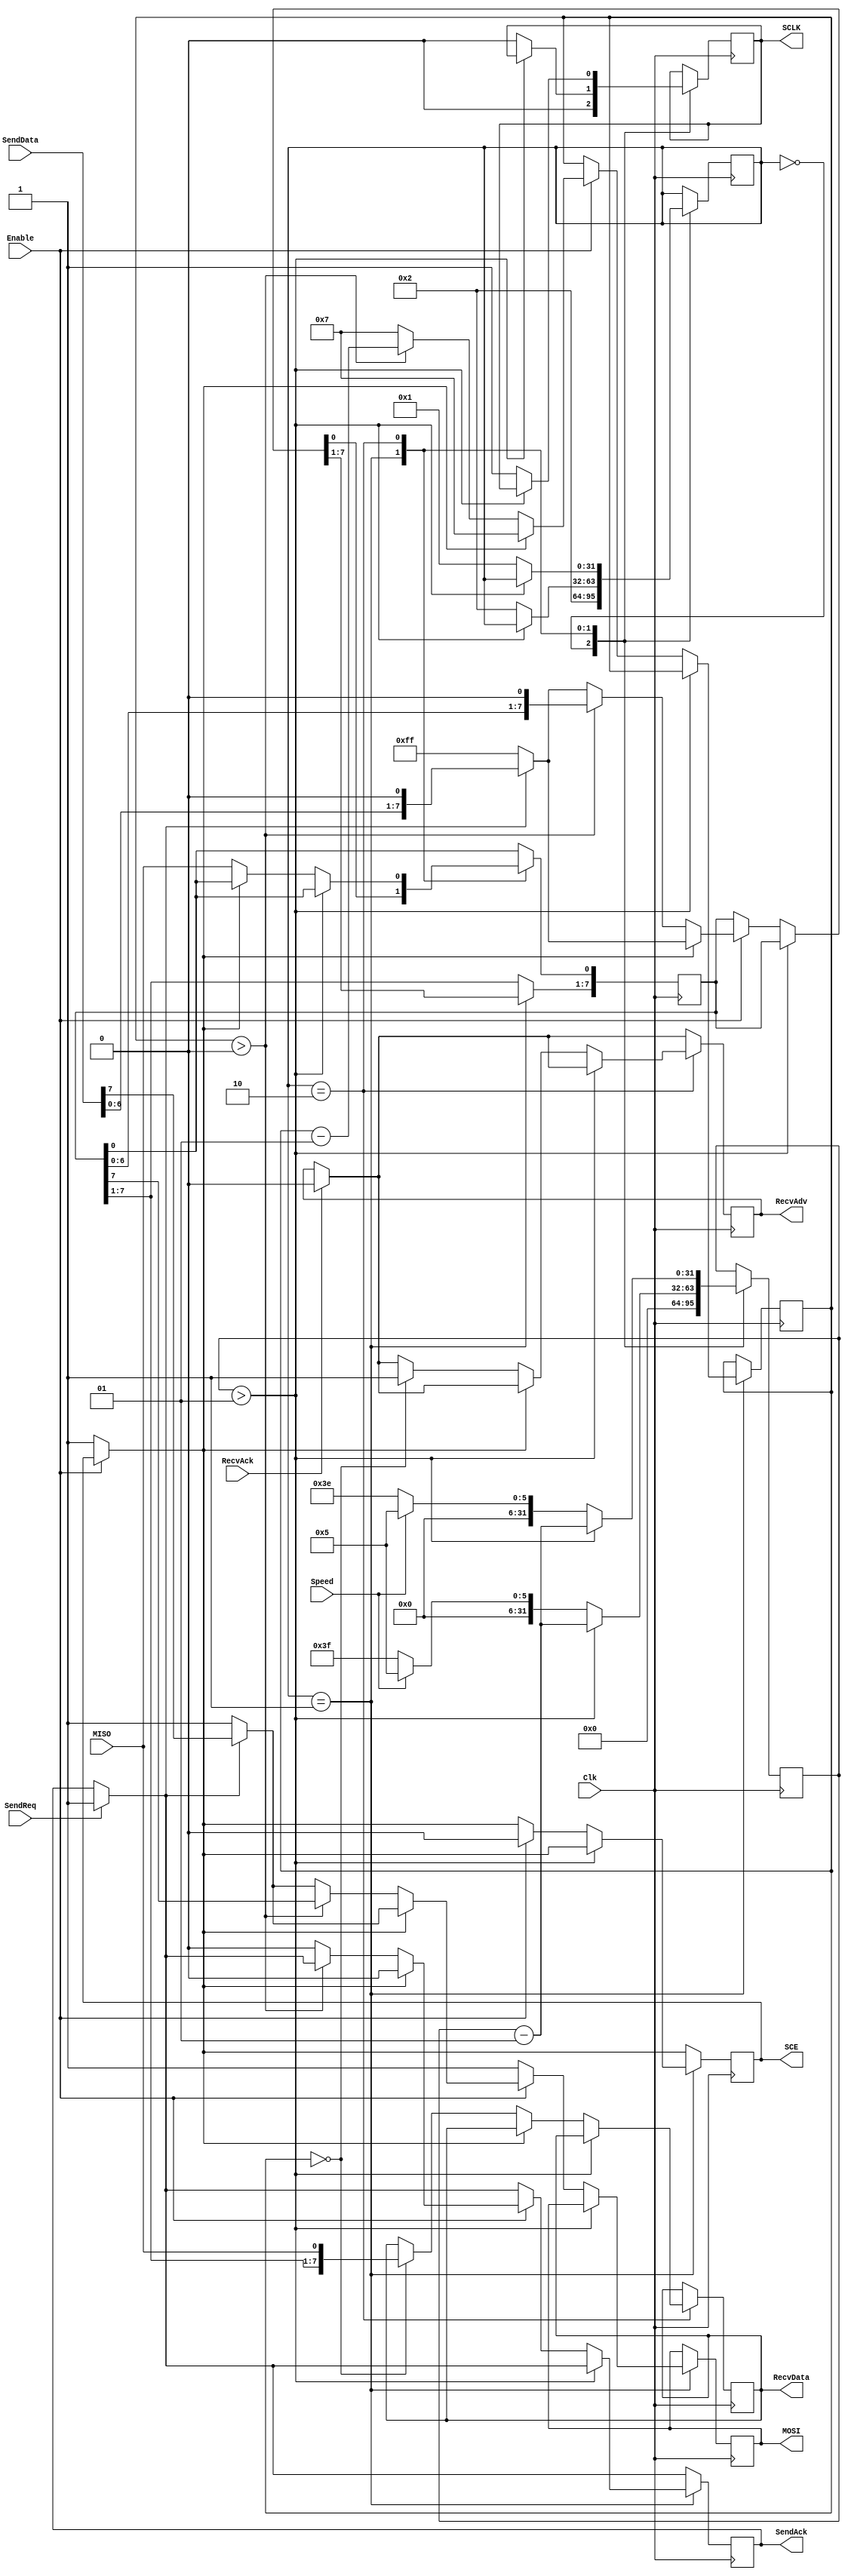
module SPI
( input Clk,
  // SPI Host interface
  output reg MOSI,
  input MISO,
  output reg SCLK,
  output reg SCE,
  // Controller interface
  input Enable,
  input Speed,             // 0:LowSpeed  1:HighSpeed
  input [7:0] SendData,
  input SendReq,
  output reg SendAck,
  output reg [7:0] RecvData,
  output reg RecvAdv,
  input RecvAck
);

  // ClkPeriod = Clk period in ns, default 20ns = 50MHz 
  parameter real ClkPeriod = 20.0;
  // Low Speed = 400KHz
  `define LO_SPEED_TICKS_UP	$rtoi(((1.00 / 400000.00) / (ClkPeriod * 1.0E-9)) / 2.00)  
  `define LO_SPEED_TICKS_DW	($rtoi((1.00 / 400000.00) / (ClkPeriod * 1.0E-9)) - `LO_SPEED_TICKS_UP)
  // High Speed = 5MHz
  `define HI_SPEED_TICKS_UP	$rtoi(((1.00 / 5000000.00) / (ClkPeriod * 1.0E-9)) / 2.00)  
  `define HI_SPEED_TICKS_DW	($rtoi((1.00 / 5000000.00) / (ClkPeriod * 1.0E-9)) - `HI_SPEED_TICKS_UP)

  integer ClkCounter;
  integer ClkStatus;
  integer Counter;
  reg [7:0] ShiftReg;

  initial
    begin
	   ClkCounter = 0;
		ClkStatus = 0;
		MOSI = 1;
		SCLK = 0;
		SCE = 1;
		SendAck = 0;
		ShiftReg = 8'hFF;
	 end
	 
  always @(posedge Clk)
    begin
		if (SendReq == 1) SendAck = 1; else begin end
      if (RecvAck == 1) RecvAdv = 0; else begin end 
		if (Enable == 0) SCE = 1; else begin end
	   case(ClkStatus)
		  0: begin
		       ClkCounter = 0;
				 SCLK = 0;
				 ClkStatus = 2;
		     end
		  1: begin
		       if (ClkCounter > 1) ClkCounter = ClkCounter - 1;
			    else begin
				        ClkCounter = (Speed == 0) ? `LO_SPEED_TICKS_DW : `HI_SPEED_TICKS_DW;
						  SCLK = 0;
						  ClkStatus = 2;
						  // SCLK negedge -- SPI Shift
						  if (Enable == 1)
						    begin
						      if (SCE == 1)
						        begin
							       SCE = 0;
								    if (SendAck == 1)
                              begin
									     ShiftReg = {SendData[6:0],1'b0};
										  MOSI = SendData[7];
								        SendAck = 0;
                              end
                            else 
									   begin
									     ShiftReg = 8'b11111111;
										  MOSI = 1;
										end
                            Counter = 7;
							     end
						      else
						        begin
							       if (Counter > 0) 
								      begin
								        Counter = Counter - 1;
									     MOSI = ShiftReg[7];
										  ShiftReg = {ShiftReg[6:0],1'b0};
								      end
								    else
								      begin
								        if (SendAck == 1)
                                  begin
									         ShiftReg = {SendData[6:0],1'b0};
												MOSI = SendData[7];
								            SendAck = 0;
                                  end
                                else
                                  begin										  
										      ShiftReg = 8'b11111111;
												MOSI = 1;
											 end
                                Counter = 7;
								      end
							     end
							 end
                    else MOSI = 1;							 
				      end
		     end
		  2: begin
		       if (ClkCounter > 1) ClkCounter = ClkCounter - 1;
			    else begin
				        ClkCounter = (Speed == 0) ? `LO_SPEED_TICKS_UP : `HI_SPEED_TICKS_UP;
						  SCLK = 1;
						  ClkStatus = 1;
  					     // SCLK posedge -- SPI Latch
						  if (SCE == 0) 
						    begin
							   ShiftReg[0] = MISO;
								if (Counter == 0)
								  begin
								    RecvData = ShiftReg;
									 RecvAdv = 1;
								  end
								else begin
								     end
							 end
						  else begin
						       end
				      end
		     end
		endcase
	 end

endmodule